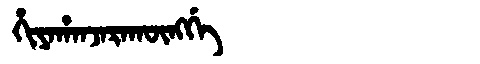
Manchu: ᡥᡳᠶᠠᡥᠠᠨᠵᠠᡵᠠᡴᡡᠩᡤᡝ
Romanization: HIYAHANJARAKŪNGGE